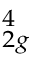
_ { 2 g } ^ { 4 }